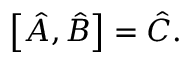
\left[ { \hat { A } } , { \hat { B } } \right] = { \hat { C } } .